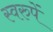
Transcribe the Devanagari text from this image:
स्वरुपें